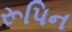
રૂપિન